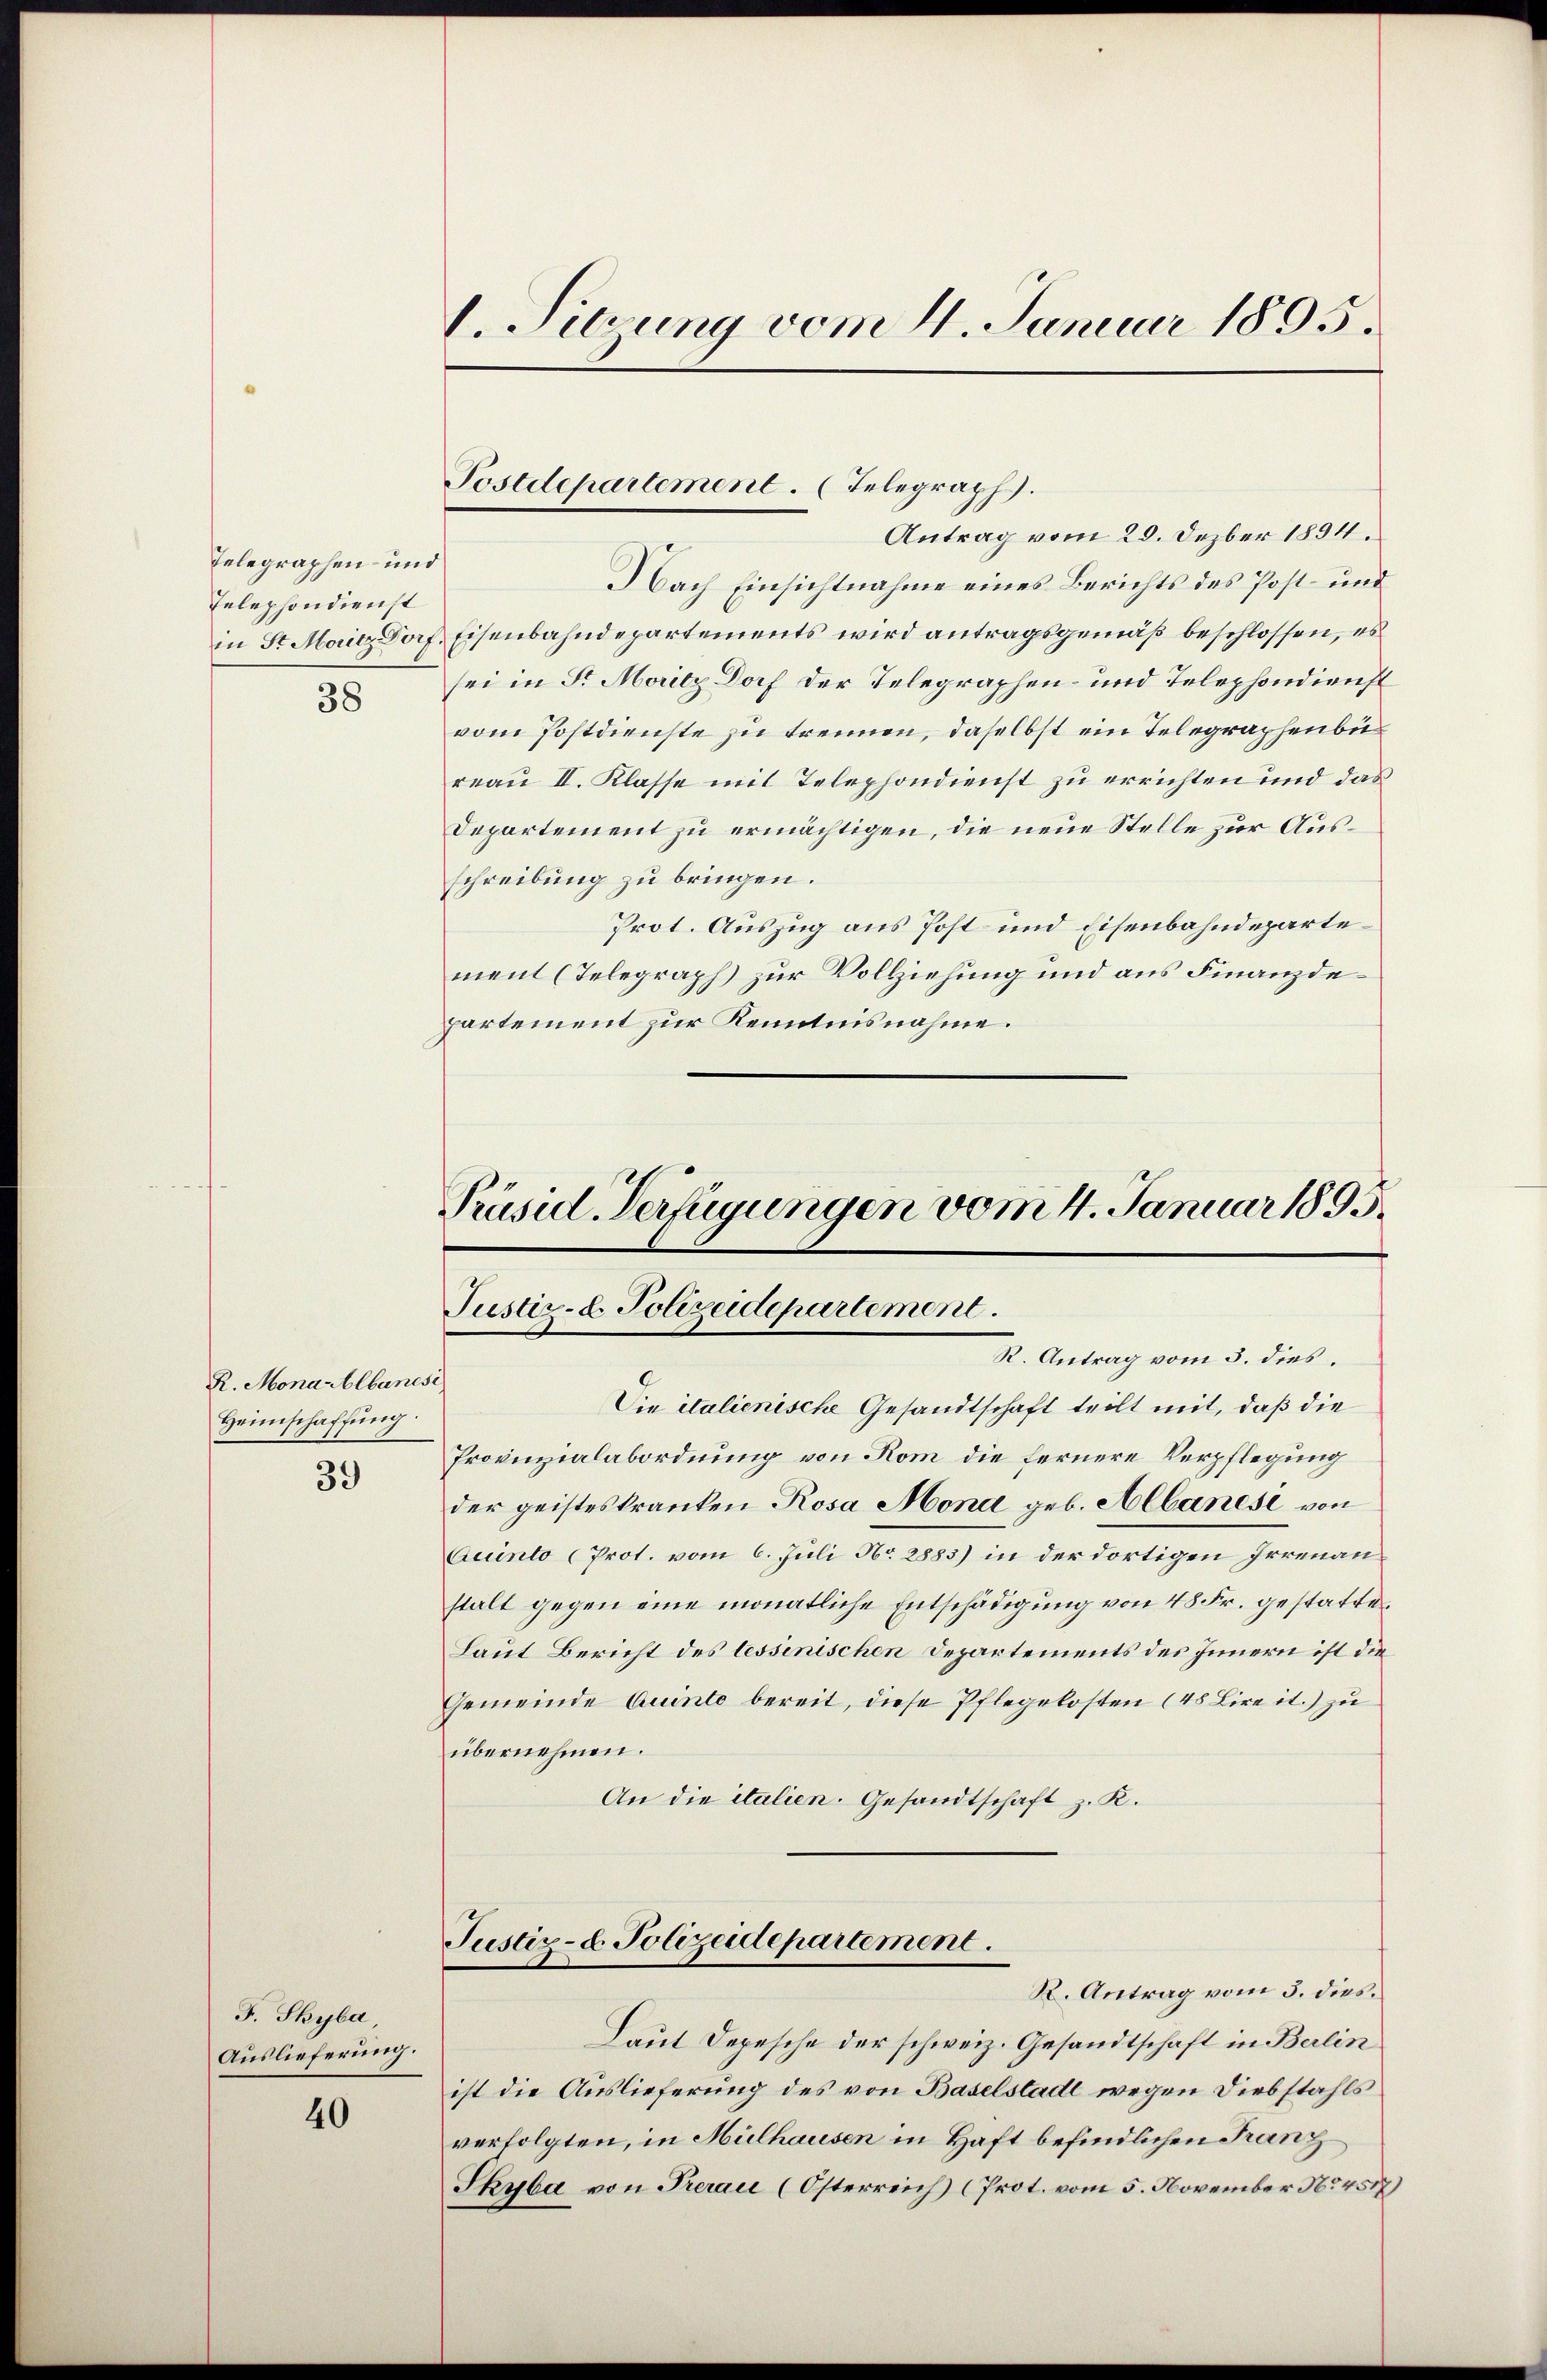
Telegraphen- und
Telephondienst
38

R. Monarblbane
Heimschaffung

39

F. Skyba,
Auslieferung.

40

1. Sitzung vom 4. Januar 1895.

Postdepartement. (Telegraph.
Antrag vom 20. Dezber 1894.

Nach Einsichtnahme eines Berichts des Post- und
in St. Maitz Dorf, Eisenbahndepartements wird antragsgemäß beschlossen, es
sei in Sr. Moritz Dorf der Telegraphen- und Telephondienst
vom Postdienste zu trennen, daselbst ein Telegraphenbu
reau II. Klasse mit Telephondienst zu errichten und das
Departement zu ermächtigen, die neue Stelle zur Ausschreibung zu bringen.
Prot. Auszug aus Post- und Eisenbahndepartement (Telegraph zur Vollziehung und aus Finanzdepartement zur Kenntnisnahme.

Präsid. Verfügungen vom 4. Januar 1895.
Justiz-C. Polizeidepartement.
R. Antrag vom 3. dies.

se
Die italienische Gesandtschaft teilt mit, daß die
Provinzialabordnung von Rom die fernere Verpflegung
der geisteskranken Rosa Mond geb. Albanese von
Quinto (Prot. vom 6. Juli No 2885) in der dortigen Irrenaustalt gegen eine monatliche Entschädigung von 48 Fr. gestatten
Laut Bericht des lessenischen Departements des Innern ist die
Gemeinde Quinte bereit, diese Pflegelosten (48 Lire it.) zu
übernehmen.
An die italien. Gesandtschaft z. K.
Justiz- u. Polizeidepartement.
R. Antrag vom 3. dies.
Laut Depesche der schweiz. Gesandtschaft in Berlin
ist die Auslieferung des von Baselstadt wegen Diebstahls
verfolgten, in Mülhausen in Haft befindlichen Franz
Skyba von Preraie (Österreich) (Prot. vom 5. November No. 457